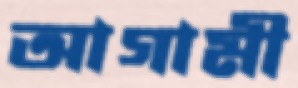
আগামী